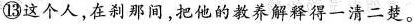
⑬这个人在刹那间，把他的教养解释得一清二楚。